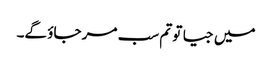
میں جیا تو تم سب مر جاؤ گے۔